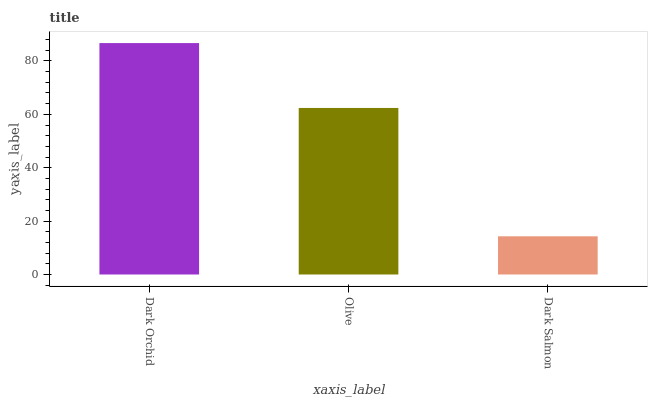
| xaxis_label | bars |
 | --- | --- |
 | Dark Orchid | 86.7 |
 | Olive | 62.4 |
 | Dark Salmon | 14.3 |